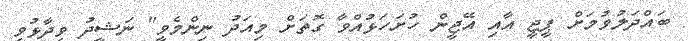
ބައްދަލުވުމަށް ޕީޖީ އާއި އޭޖީން ހުށަހަޅުއްވާ ގޮތަށް މިއަދު ނިންމެވީ" ނަޝީދު ވިދާޅުވި